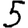
Digit: 5